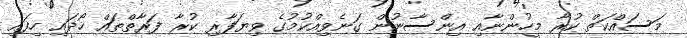
މަސައްކަތް ކުރާ މީހުންނާއި އިންސާނުން ގަނެވިއްކުމުގެ ވިޔަފާރި ކުރާ ފަރާތްތައް ހޯދައި ހިފައި